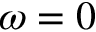
\omega = 0